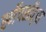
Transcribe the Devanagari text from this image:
स्नॅपशॉट्स